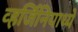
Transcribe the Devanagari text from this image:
व्हर्जिनियाध्ये